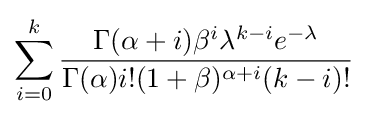
\sum _{i=0}^{k}{\frac {\Gamma (\alpha +i)\beta ^{i}\lambda ^{k-i}e^{-\lambda }}{\Gamma (\alpha )i!(1+\beta )^{\alpha +i}(k-i)!}}